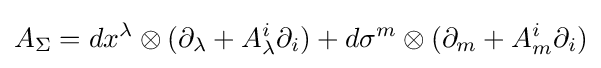
A_{\Sigma }=dx^{\lambda }\otimes (\partial _{\lambda }+A_{\lambda }^{i}\partial _{i})+d\sigma ^{m}\otimes (\partial _{m}+A_{m}^{i}\partial _{i})